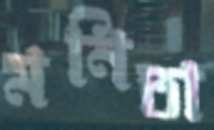
মনিতা